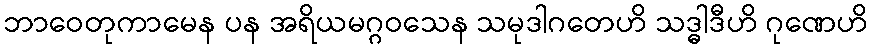
ဘာဝေတုကာမေန ပန အရိယမဂ္ဂဝသေန သမုဒါဂတေဟိ သဒ္ဓါဒီဟိ ဂုဏေဟိ